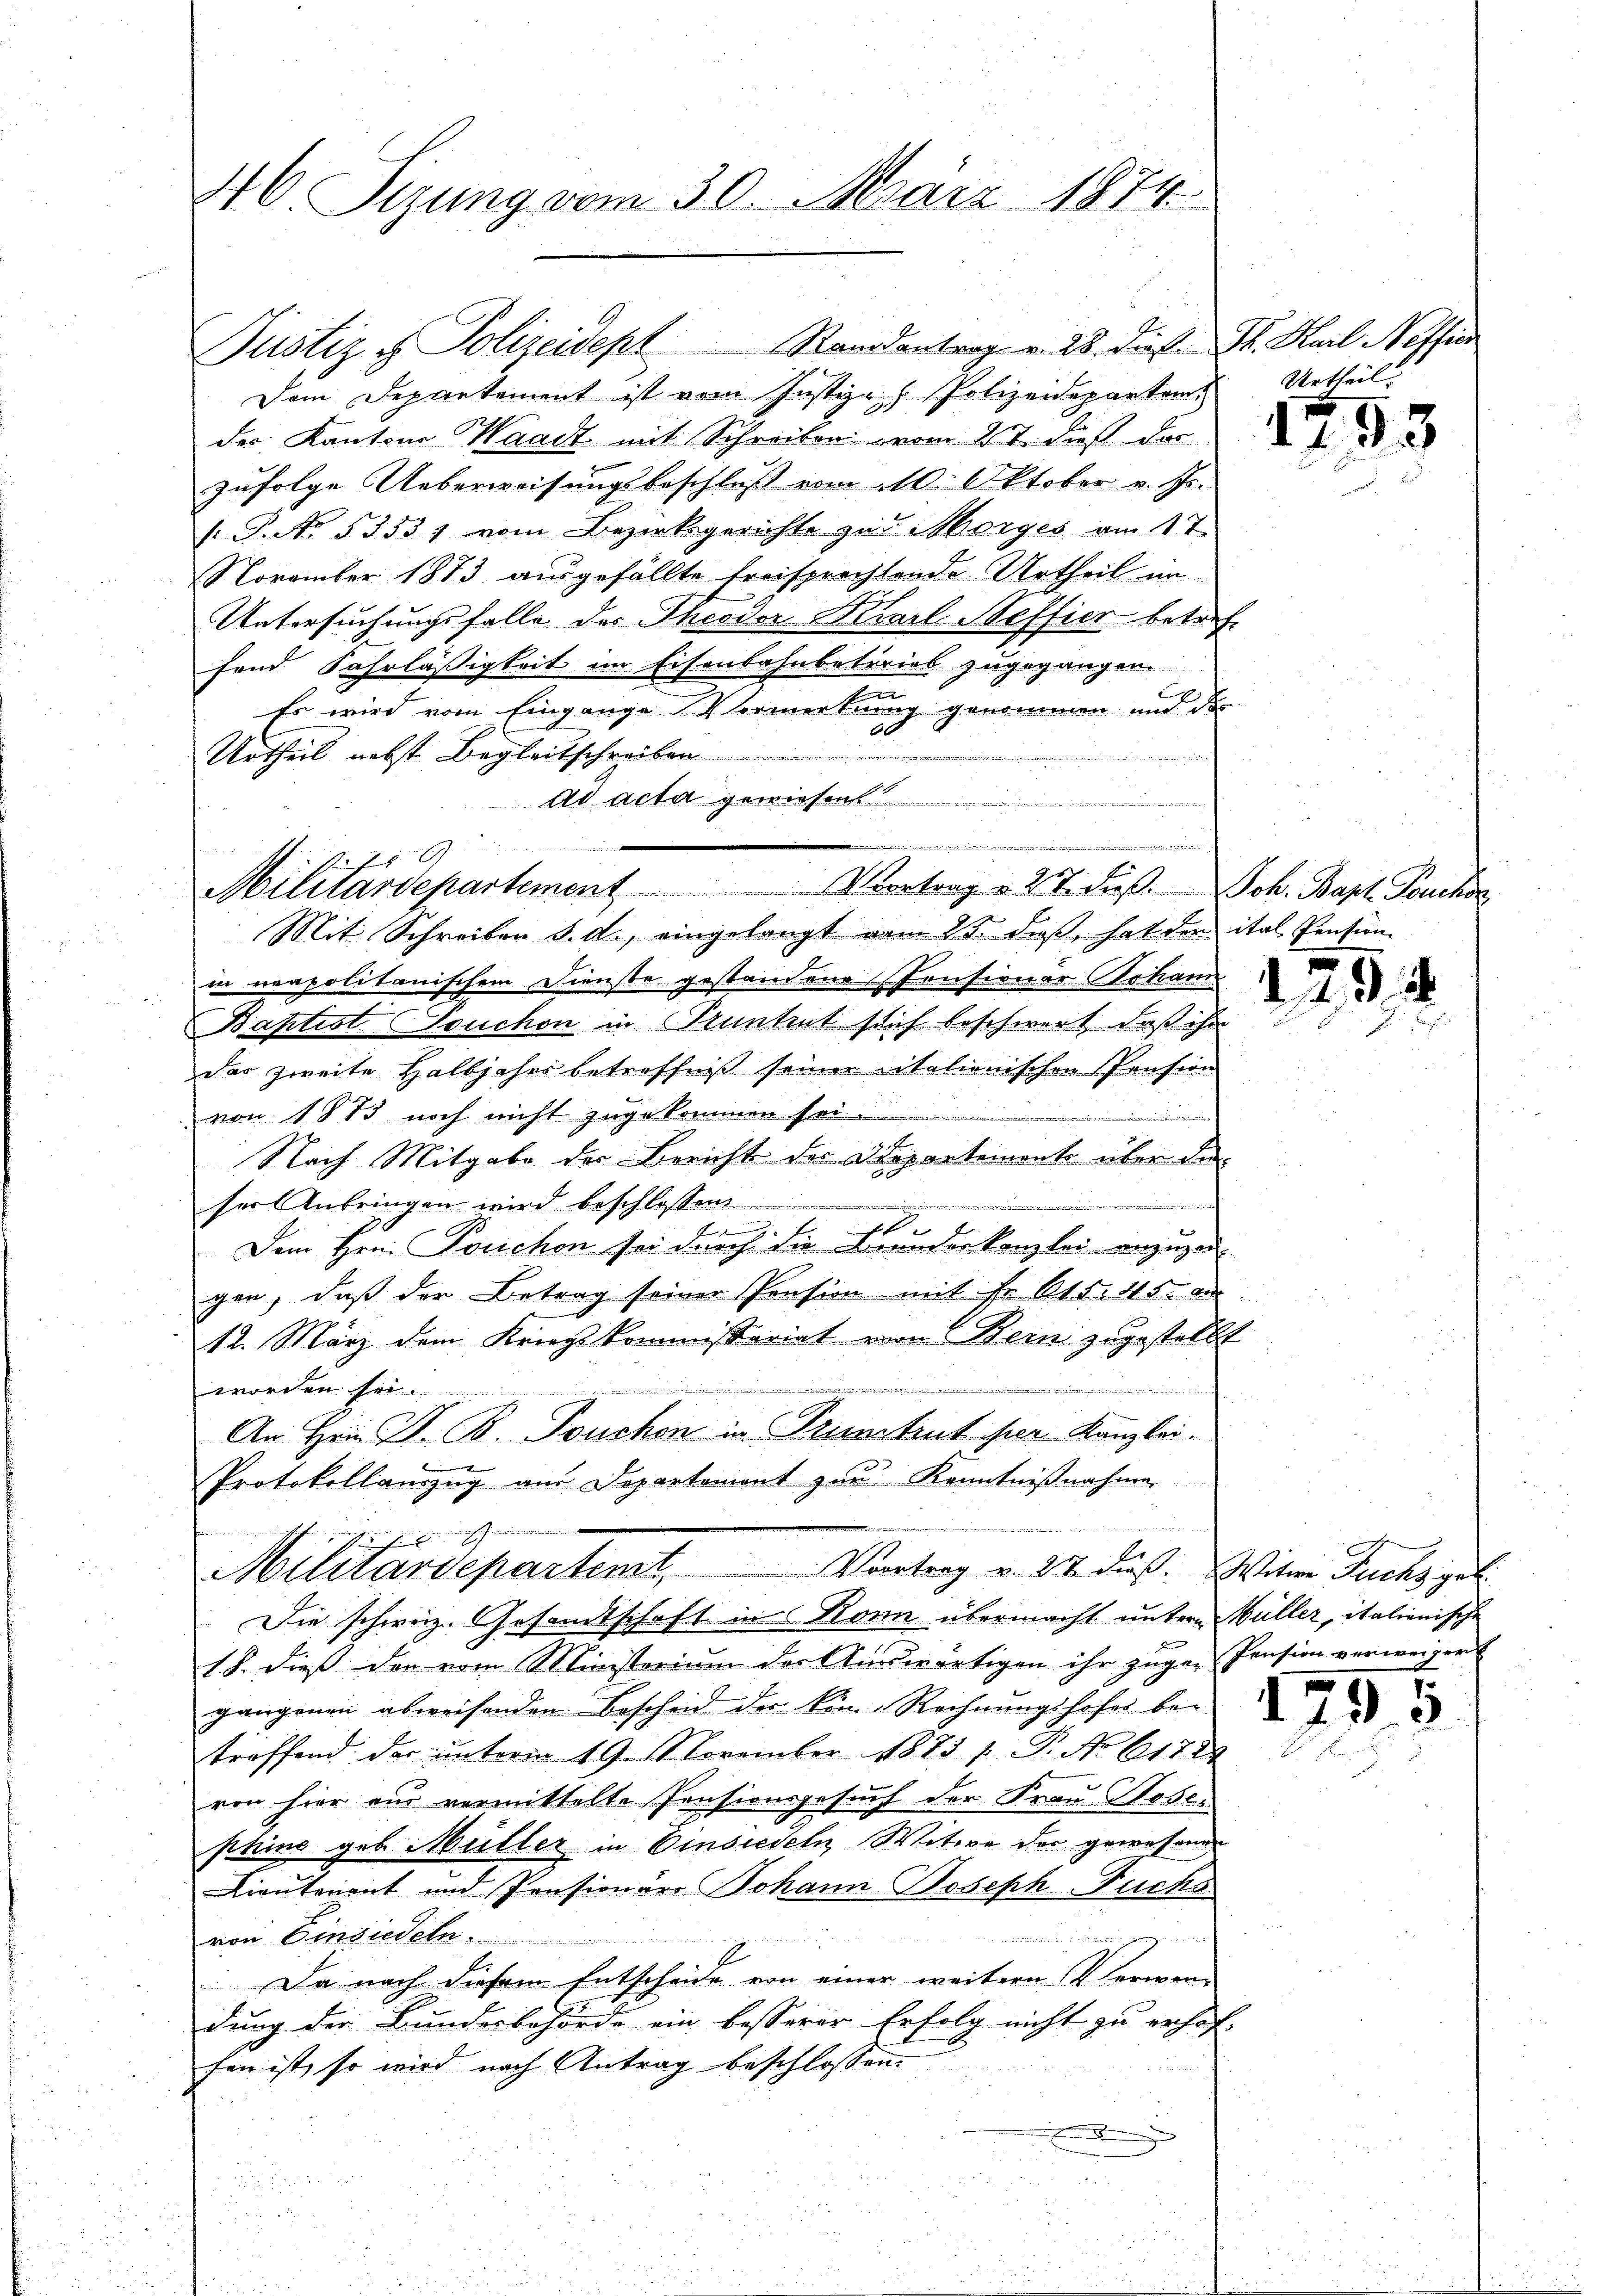
46. Sizung vom 30. März 1874.

Justiz & Polizeidept Randantrag v. 28. dieß. Sr. Karl Neffen
Dem Departement ist vom Justizach Polizeidepartem
des Kantons Waadt mit Schreiben vom 27. dieß der
zufolge Ueberweisungsbeschluß vom 10. Oktober v. Js.
 P. No. 53531 vom Bezirksgerichte zur Morges am 1. T.
November 1873 ausgefällte freisprechtende Urtheil im
Untersuchungsfalle des Theodor Karl Neffier betreffend Fahrläßigkeit im Eisenbahnbetrieb zugegangen.
a
Es wird vom Eingange Vermerkung genommen und das
Urtheil nebst Begleitschreiben

ad acta gewiesen

.
.
Militärdepartement Vertrag v. 27. dieβ.  Joh. Bapt. Pouchor

Mit Schreiben d. d., eingelangt vom 15. dieß, hat den ital Pensunin neapolitanischem Dienste gestandene Consionar Johan
Baptist. Souchon in Kantent sich beschwert, daß ihn
das zweite Halbjahrs betreffnis seiner italienischen Pension
von 1873 noch nicht zugekommen sei
e
Nach Mitgabe der Bericht der Departement über de
a
r
ser Anbringen wird beschlossen.
f

Dem Hrn. Touchen sei durch die Grunderkanzlei anzuzei
gen, daß der Betrag seiner Pension mit Fr. 615. 45 e
12. März dem Kriegskommissariat von Bern zugestellt

worden sei.
An Hrn. F. B. Touchon in Pruntrut per Kanzlei.
Protokollauszug aus Departement zur Kenntnißnahme

 J.
S
Militärdepartenst. Vortrag v. 14. ds. Witwe Fuchsgel
Die schweiz. Gesandtschaft in Kann übermacht untern Müller, italienische
18. dieß den vom Ministorium der Auswärtigen ihr zuge-Pension verweigert
gangenen abweisenden Bescheid der Kin-Rechnungshofes betreffend der unterm 19. November 1873 f. P. No 61724
von hier aus vermittelte Pensionsgesuch der Frau Hosephine geb. Müller in Einsiedeln, Witwe der gewesener
Lieutenant und Pensionärs Johann Joseph Fuchs
von Einzudeln.
idieren, die werde zu ein der
Da nach diesem Entscheide von einer weitern V. herwen-
dung der Bundesbehörde ein besserer Erfolg nicht zu erhof-
hen ist, so wird nach Antrag beschlossen.
e

Urtheil.

17

295

f
1

35

3

1